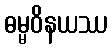
ဓမ္မဝိနယဿ